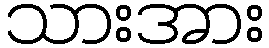
သားအား